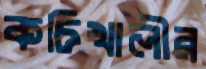
কচিখালীর